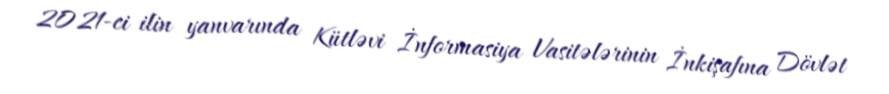
2021-ci ilin yanvarında Kütləvi İnformasiya Vasitələrinin İnkişafına Dövlət